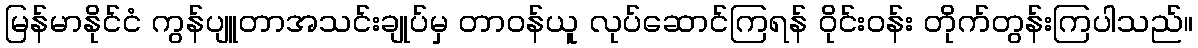
မြန်မာနိုင်ငံ ကွန်ပျူတာအသင်းချုပ်မှ တာဝန်ယူ လုပ်ဆောင်ကြရန် ဝိုင်းဝန်း တိုက်တွန်းကြပါသည်။